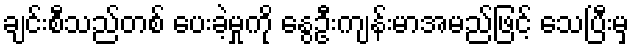
ချင်းစီသည်တစ် ပေးခဲ့မှုကို နွေဦးကျန်းမာအမည်ဖြင့် သေပြီးမှ